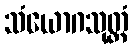
သံယောဂသုတ္တံ